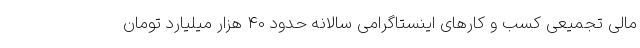
مالی تجمیعی کسب و کارهای اینستاگرامی سالانه حدود 40 هزار میلیارد تومان